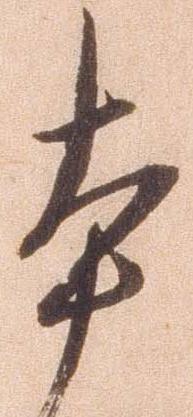
本